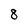
Character: 8